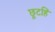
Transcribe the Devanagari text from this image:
छूटहिं